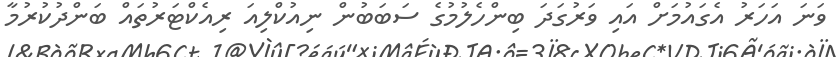
ވަނަ އަހަރު އެގައުމަށް އައި ވަރުގަދަ ބިންހެލުމުގެ ސަބަބުން ނިއުކްލިއަ ރިއެކްޓަރުތައް ބަންދުކުރުމާ